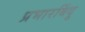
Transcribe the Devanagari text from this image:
प्रभारबिंदू